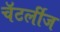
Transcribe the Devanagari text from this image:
चॅटर्लीज